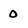
Character: O